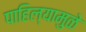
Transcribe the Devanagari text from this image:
पाहिल्यामुळे